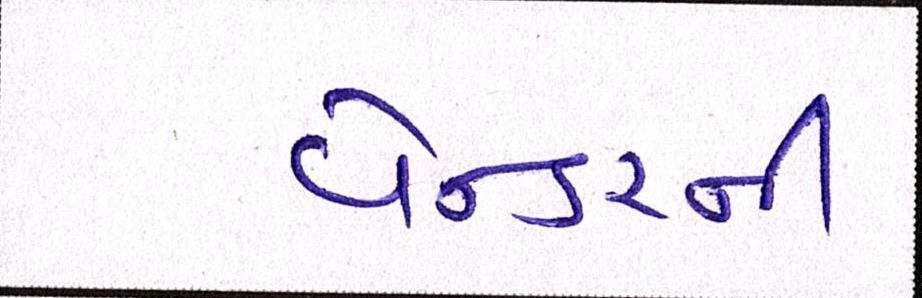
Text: વેન્ડરની